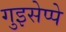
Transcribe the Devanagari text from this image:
गुइसेप्पे